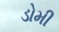
ડોમી